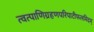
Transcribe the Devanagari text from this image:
त्वत्पाणिग्रहणपरिपाटीफलमिदम्